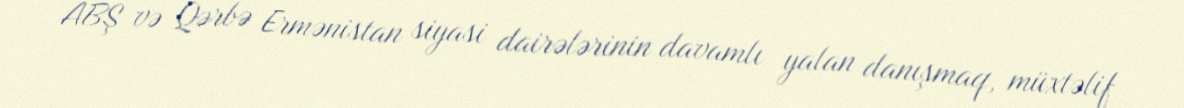
ABŞ və Qərbə Ermənistan siyasi dairələrinin davamlı yalan danışmaq, müxtəlif